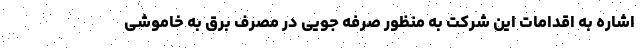
اشاره به اقدامات این شرکت به منظور صرفه جویی در مصرف برق به خاموشی